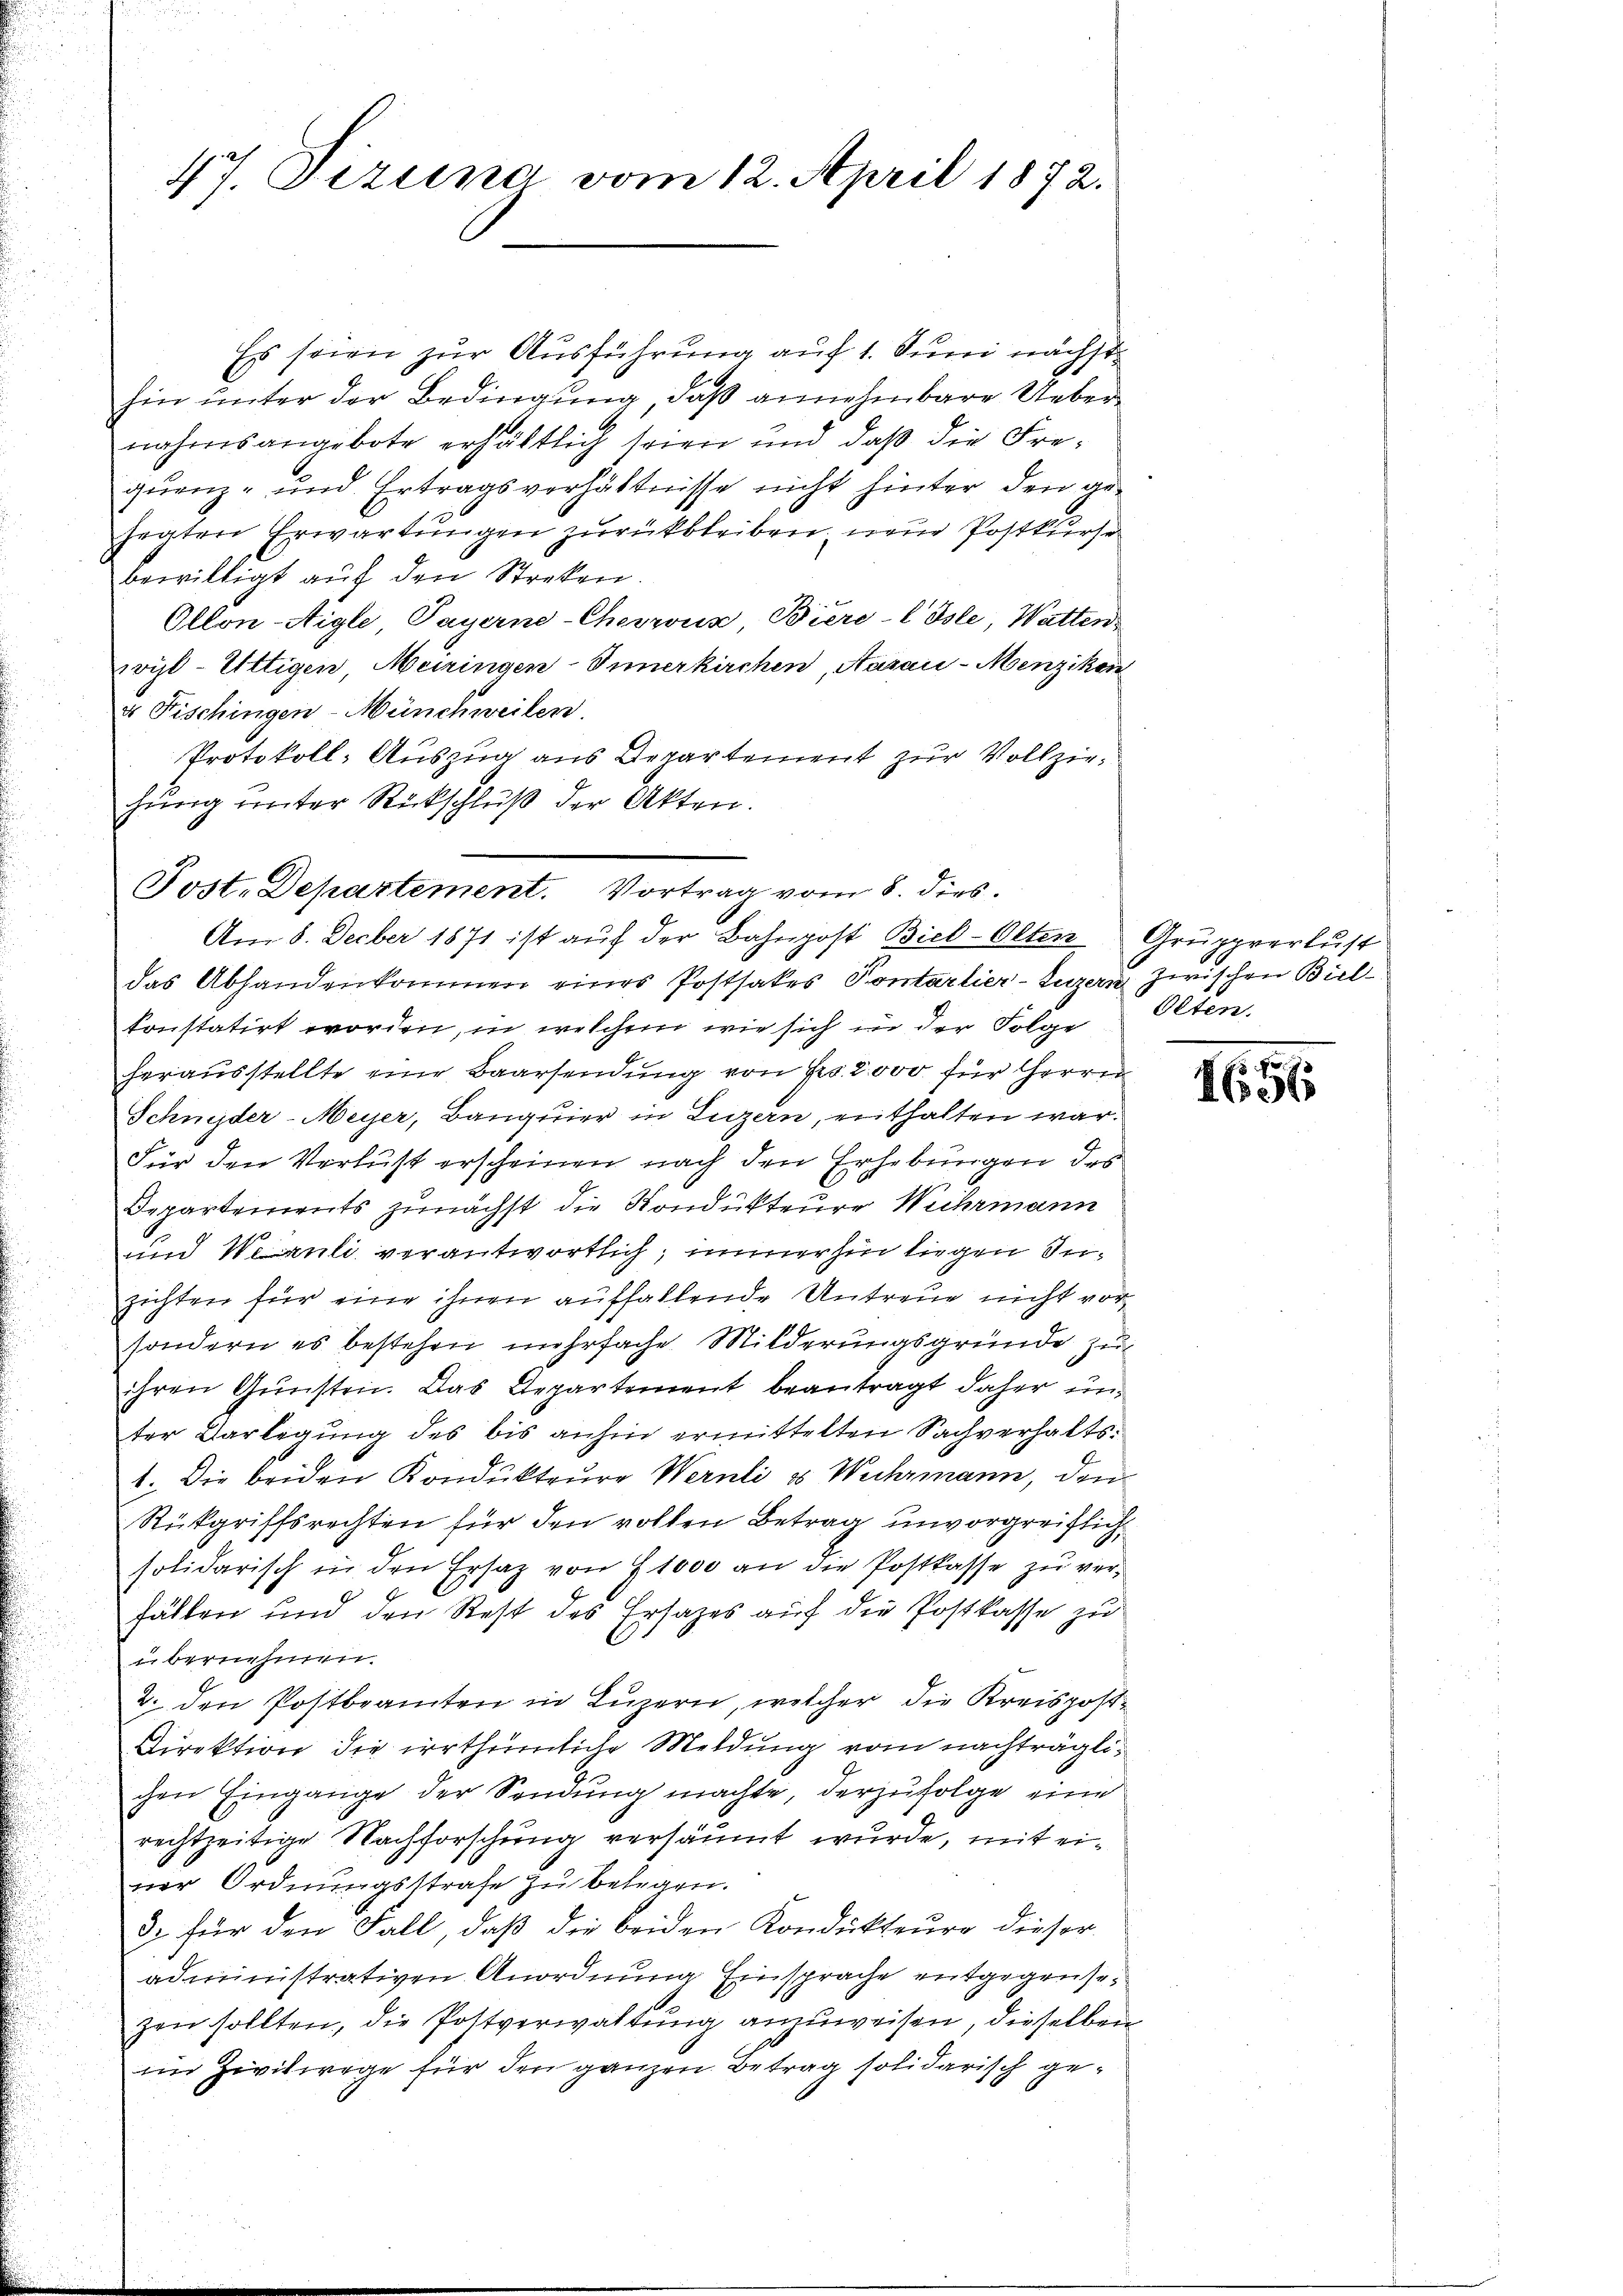
47. Sizung vom 12. April 1872.

Es seien zur Ausführung auf 1. Juni nächst
hin unter der Bedingung, daß annehmbare Ueber
nahmsangebote erhältlich seien und daß die Frequenz- und Ertragsverhältnisse nicht hinter den gehegten Erwartungen zurückbleiben, neue Postkurse
bewilligt auf den Streken.
Ollon-Aigle Payerne-Churus, Biere-CIsle, Watten,
wyl-Uttigen, Meiringen-Innerkirchen, Aarau - Menzikon
x Fischingen-Münchweilen.
Protokoll-Auszug aus Departement zur Vollziehung unter Rückschluß der Akten.
das Abhandenkommen eines Postsakes Kontarlier-Luzern zwischen Bielkonstatirt worden, in welchem wie sich in der Folge
herausstellte eine Baarsendung von Frs. 2 000 für Herren
Schnyder-Meyer, Banquier in Luzern, enthalten war.
Für den Verlust erscheinen nach den Erhebungen des
Departements zunächst die Kondukteure Weihrmann
und Wernli verantwortlich, immerhin liegen Inzichten für eine ihnen auffallende Untreue nicht vorsondern es bestehen mehrfache Milderungsgründe zu
ihren Gŭnsten. Das Departement beantragt daher unter Darlegung des bis anhin ermittelten Sachverhalts¬
1. Die beiden Kondukteure Wernli & Wuhrmann, den
Rükgriffsrechten für den vollen Betrag unvorgreiflichsolidarisch in den Ersatz von 1000 an die Postkasse zu verfällen und den Rest des Ersatzes auf die Postkasse zu
übernehmen.
2. den Postbeamten in Luzern, welcher die Kreispost¬
Direktion die irrthümliche Meldung vom nachträglichen Eingange der Sendung machte, derzufolge eine
rechtzeitige Nachforschung versäumt wurde, mit einer Ordnungsstrafe zu belegen.
3. für den Fall, daβ die beiden Kondukteure dieser
administrativen Anordnung Einsprache entgegrüßezen sollten, die Postverwaltung anzuweisen, dieselben
im Zivilwege für den ganzen Betrag solidarisch ge¬

Post. Departement. Vortrag vom 8. dies
Am 8. Decber 1871 ist aŭf der Bahnpost Bieb-Olten Grupprerlust

Olten.

1656